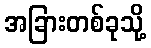
အခြားတစ်ခုသို့